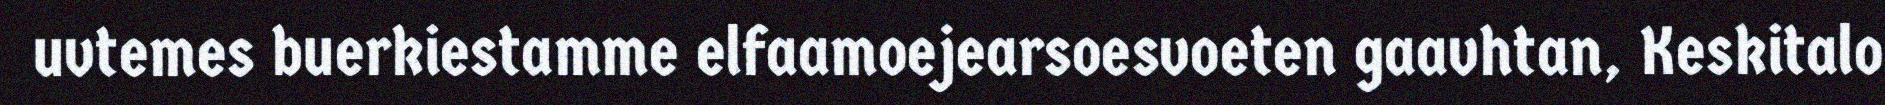
uvtemes buerkiestamme elfaamoejearsoesvoeten gaavhtan, Keskitalo